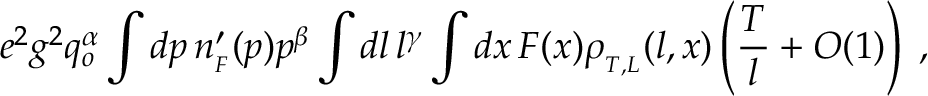
e ^ { 2 } g ^ { 2 } q _ { o } ^ { \alpha } \int d p \, n _ { _ { F } } ^ { \prime } ( p ) p ^ { \beta } \int d l \, l ^ { \gamma } \int d x \, F ( x ) \rho _ { _ { T , L } } ( l , x ) \left( { \frac { T } { l } } + { \cal O } ( 1 ) \right) \; ,